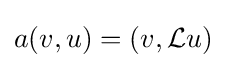
a(v,u)=(v,{\mathcal {L}}u)